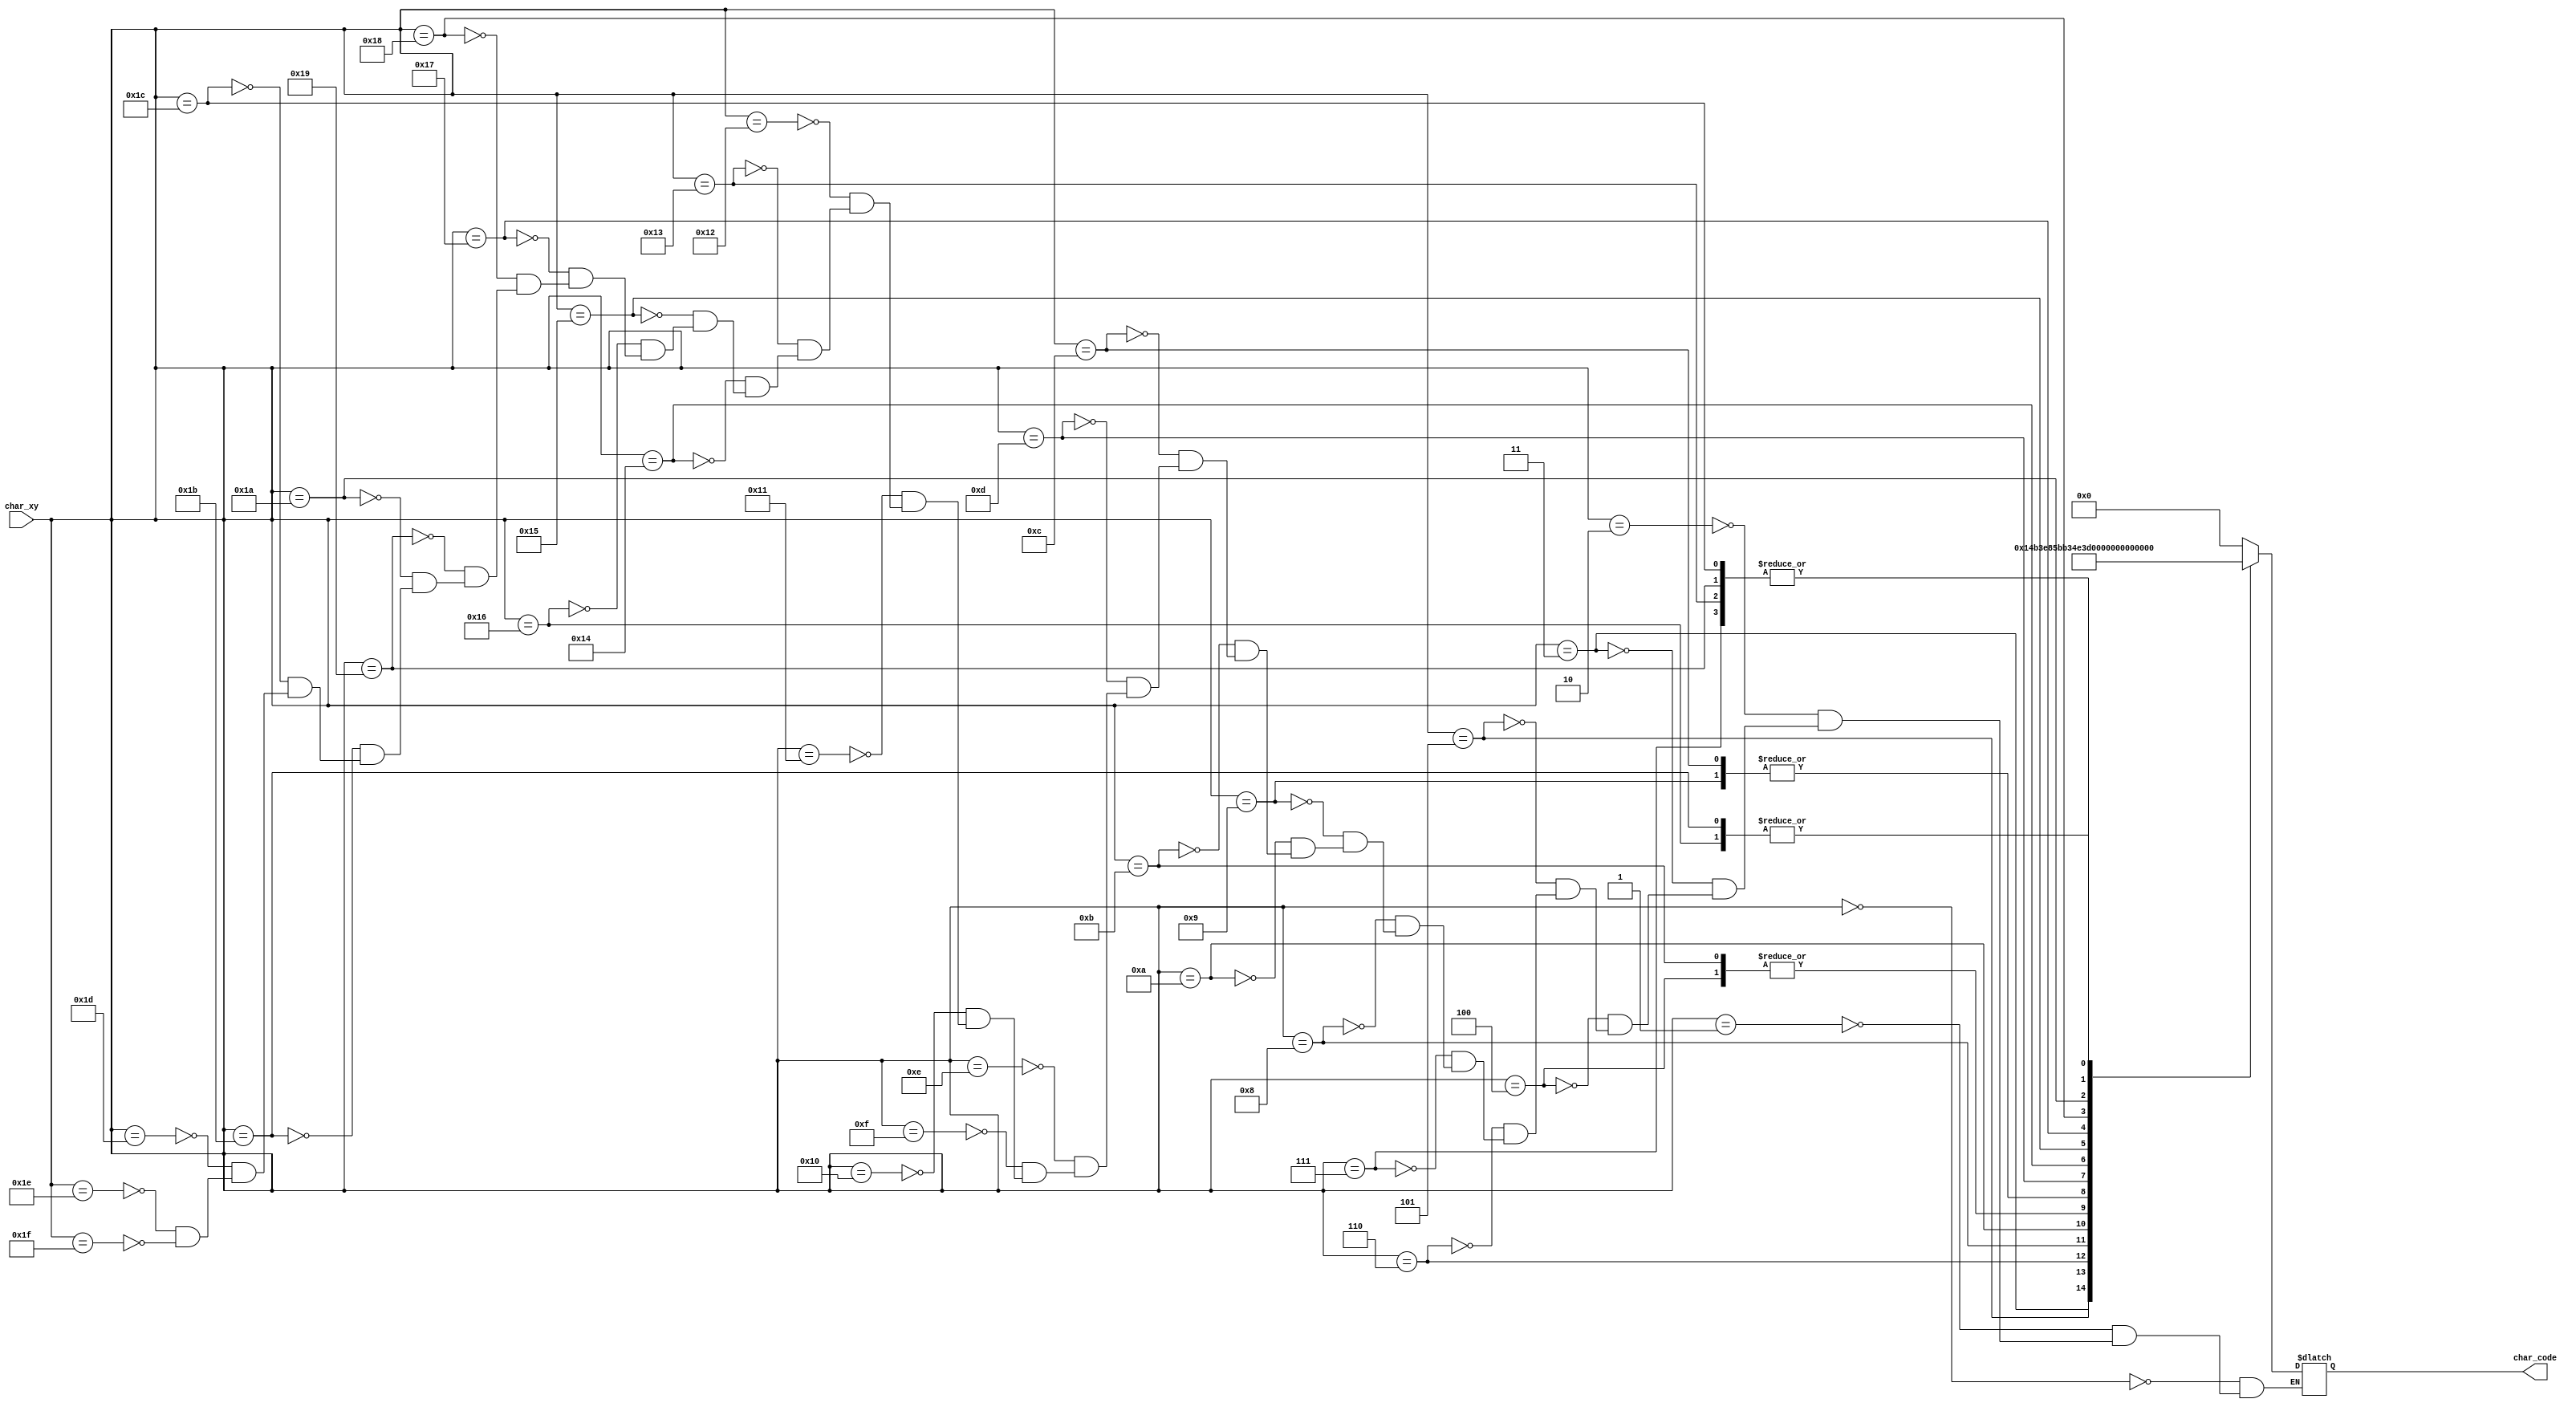
`timescale 1ns / 1ps
//////////////////////////////////////////////////////////////////////////////////
// Company: 
// Engineer: 
// 
// Design Name: 
// Module Name: char_end
// Project Name: 
// Target Devices: 
// Tool Versions: 
// Description: 
// 
// Dependencies: 
// 
// Revision:
// Revision 0.01 - File Created
// Additional Comments:
// 
//////////////////////////////////////////////////////////////////////////////////


module char_end(
    input wire [7:0] char_xy,
    
    output reg [6:0] char_code
    );

            
    reg [7:0] code_data = 0;
    
    always @*   begin
        char_code = code_data[6:0];
    end
                
    always @*   begin
        case (char_xy)
            8'h00: code_data = 8'h00;   
            8'h01: code_data = 8'h00;   
            8'h02: code_data = 8'h00;   
            8'h03: code_data = "R";   
            8'h04: code_data = "i";   
            8'h05: code_data = "g";   
            8'h06: code_data = "h";    
            8'h07: code_data = "t";   
            8'h08: code_data = "-";   
            8'h09: code_data = "c";      
            8'h0a: code_data = "l";   
            8'h0b: code_data = "i";   
            8'h0c: code_data = "c";   
            8'h0d: code_data = "k";   
            8'h0e: code_data = 8'h00;   
            8'h0f: code_data = 8'h00;  
        
            8'h10: code_data = 8'h00;   
            8'h11: code_data = 8'h00;   
            8'h12: code_data = 8'h00;   
            8'h13: code_data = "t";   
            8'h14: code_data = "o";   
            8'h15: code_data = " ";   
            8'h16: code_data = "r";    
            8'h17: code_data = "e";   
            8'h18: code_data = "s";   
            8'h19: code_data = "t";      
            8'h1a: code_data = "a";   
            8'h1b: code_data = "r";   
            8'h1c: code_data = "t";   
            8'h1d: code_data = 8'h00;   
            8'h1e: code_data = 8'h00;   
            8'h1f: code_data = 8'h00;  
        endcase
    end            
endmodule